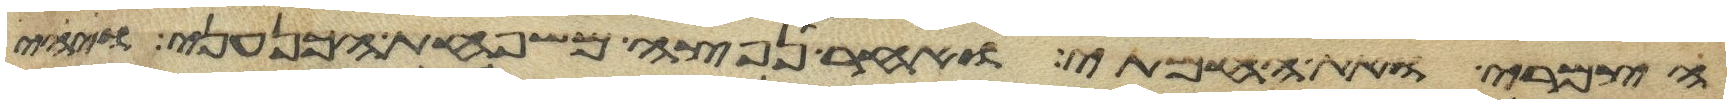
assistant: הצמרי ואת החמתי ואחר נפצה משפחת הכנעני ויהי